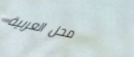
محل العربية